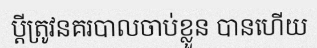
ប្តីត្រូវនគរបាលចាប់ខ្លួន បានហើយ